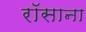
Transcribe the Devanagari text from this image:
रॉसाना